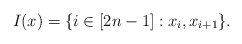
\begin{align*}I(x) = \{i\in [2n-1]: x_i,x_{i+1}\}.\end{align*}